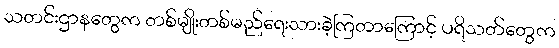
သတင်းဌာနတွေက တစ်မျိုးတစ်မည်ရေးသားခဲ့ကြတာကြောင့် ပရိသတ်တွေက